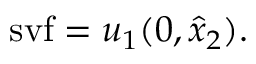
\mathrm { s v f } = u _ { 1 } ( 0 , \hat { x } _ { 2 } ) .